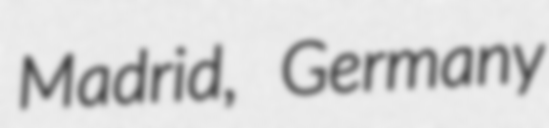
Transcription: Madrid, Germany